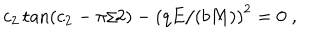
LaTeX: c _ { 2 } \tan ( c _ { 2 } - \pi / 2 ) - \left( q E / ( b M ) \right) ^ { 2 } = 0 \; ,